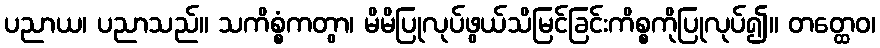
ပညာယ၊ ပညာသည်။ သကိစ္စံကတွာ၊ မိမိပြုလုပ်ဖွယ်သိမြင်ခြင်းကိစ္စကိုပြုလုပ်၍။ တတ္ထေဝ၊